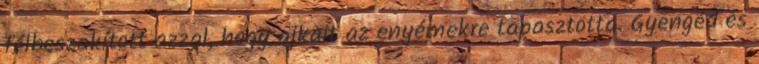
félbeszakított azzal, hogy ajkait az enyémekre tapasztotta. Gyengéd és